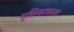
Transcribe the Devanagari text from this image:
मृत्तिकाकला